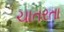
ચાતરતા